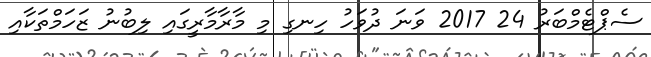
ސެޕްޓެމްބަރު 24 2017 ވަނަ ދުވަހު ހިނގި މި މާރާމާރީގައި ލިބުނު ޒަހަމްތަކާއި